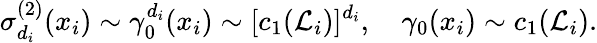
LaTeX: \sigma_{d_{i}}^{(2)}(x_{i})\sim\gamma_{0}^{d_{i}}(x_{i})\sim[c_{1}({\cal L}_{i})]^{d_{i}},\quad\gamma_{0}(x_{i})\sim c_{1}({\cal L}_{i}).